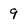
Character: 9